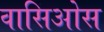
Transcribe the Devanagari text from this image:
वासिओस